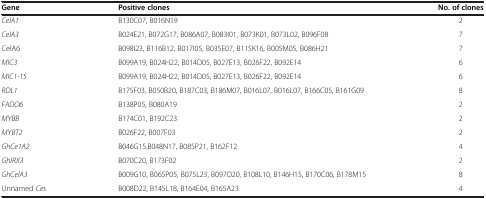
<table><thead><tr><td><b>Gene</b></td><td><b>Positive clones</b></td><td><b>No. of clones</b></td></tr></thead><tbody><tr><td><i>CelA1</i></td><td>B130C07, B016N19</td><td>2</td></tr><tr><td><i>CelA3</i></td><td>B024E21, B072G17, B086A07, B083I01, B073K01, B073L02, B096F08</td><td>7</td></tr><tr><td>CelA6</td><td>B098I23, B116B12, B017I05, B035E07, B115K16, B005M05, B086H21</td><td>7</td></tr><tr><td><i>MIC3</i></td><td>B099A19, B024H22, B014D05, B027E13, B026F22, B092E14</td><td>6</td></tr><tr><td><i>MIC1-15</i></td><td>B099A19, B024H22, B014D05, B027E13, B026F22, B092E14</td><td>6</td></tr><tr><td><i>RDL1</i></td><td>B175F03, B050B20, B187C03, B186M07, B016L07, B016L07, B166C05, B161G09</td><td>8</td></tr><tr><td><i>FADO6</i></td><td>B138P05, B080A19</td><td>2</td></tr><tr><td><i>MYBB</i></td><td>B174C01, B192C23</td><td>2</td></tr><tr><td><i>MYBT2</i></td><td>B026F22, B007F03</td><td>2</td></tr><tr><td><i>GhCe1A2</i></td><td>B046G15,B048N17, B085P21, B162F12</td><td>4</td></tr><tr><td><i>GhIRX3</i></td><td>B070C20, B173F02</td><td>2</td></tr><tr><td><i>GhCelA3</i></td><td>B009G10, B065P05, B075L23, B097O20, B108L10, B146H15, B170C06, B178M15</td><td>8</td></tr><tr><td>Unnamed <i>Ces</i></td><td>B008D22, B145L18, B164E04, B165A23</td><td>4</td></tr></tbody></table>